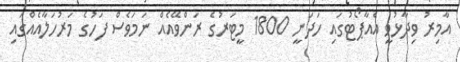
އާމިރު ވިދާޅުވީ އެއާޕޯޓުގައި ހަދަނީ 1800 މީޓަރުގެ ރަންވޭއެއް ނަމަވެސް ފަހުގެ މަރުހަލާއެއްގައި